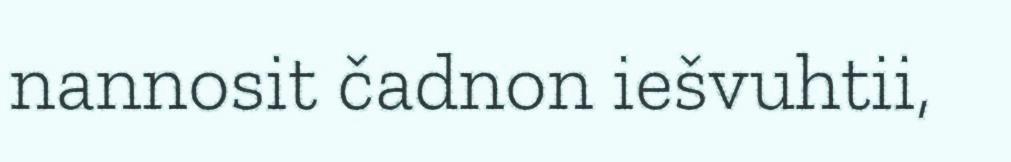
nannosit čadnon iešvuhtii,